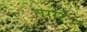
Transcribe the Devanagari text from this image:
तगर।